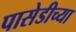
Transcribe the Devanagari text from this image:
पासेडीच्या